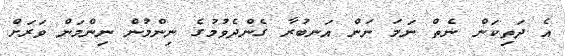
އެ ދަތިކަން ނެތް ނަމަ ނަން އަނބުރާ ގެންދެވުމުގެ ނިންމުން ނިންމަން ވަރަށް